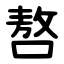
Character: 嗸